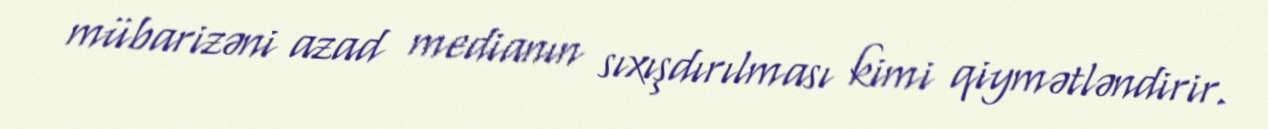
mübarizəni azad medianın sıxışdırılması kimi qiymətləndirir.